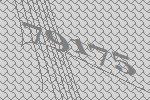
79175